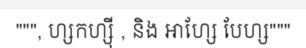
""", ហ្សកហ្ស៊ី , និង អាហ្សែ បែហ្ស"""